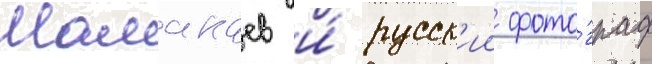
Мамакаев и́ русск'ии фото́граф